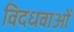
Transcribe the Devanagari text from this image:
विदधवाओं